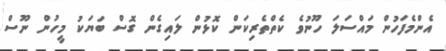
އެންމެފަހުން މައްސަލަ ހޫނުވެ ކެތްތެރިކަން ކޮޅުން ލައިގެން ގޮސް ބަޔަކު މީހުން ނޫސް